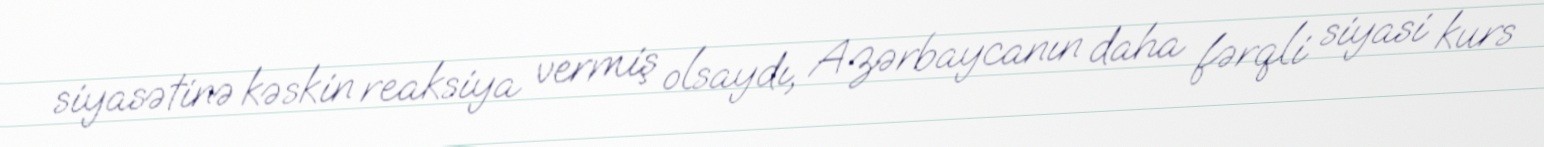
siyasətinə kəskin reaksiya vermiş olsaydı, Azərbaycanın daha fərqli siyasi kurs